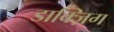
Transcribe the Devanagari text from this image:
डाक्ज़िग